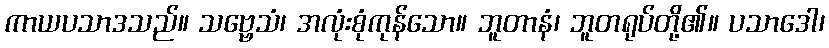
ကာယပသာဒသည်။ သဗ္ဗေသံ၊ အလုံးစုံကုန်သော။ ဘူတာနံ၊ ဘူတရုပ်တို့၏။ ပသာဒေါ၊